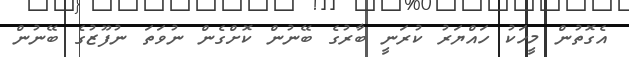
އެގޮތުން މީހަކު ހައްޔަރު ކުރަނީ ބާރުގެ ބޭނުން ކޮށްގެން ނުވަތަ ނުފޫޒުގެ ބޭނުން